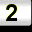
Digit: 2